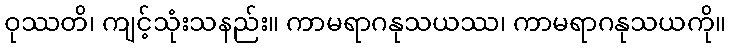
ဝုဿတိ၊ ကျင့်သုံးသနည်း။ ကာမရာဂနုသယဿ၊ ကာမရာဂနုသယကို။